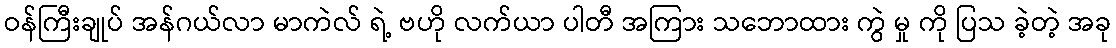
ဝန်ကြီးချုပ် အန်ဂယ်လာ မာကဲလ် ရဲ့ ဗဟို လက်ယာ ပါတီ အကြား သဘောထား ကွဲ မှု ကို ပြသ ခဲ့တဲ့ အခု